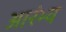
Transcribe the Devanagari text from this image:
आरंभ्य